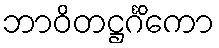
ဘာဝိတဋ္ဌင်္ဂိကော